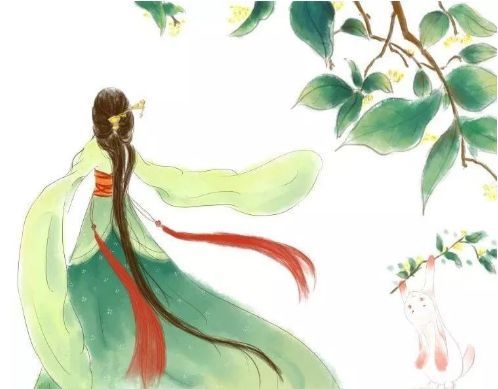
直须看尽洛城花，始共春风容易别。